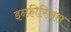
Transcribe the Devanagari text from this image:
इन्फ़ीरिअस